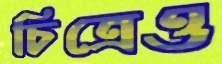
চিত্রেও